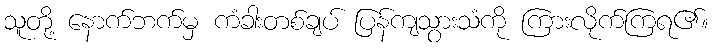
သူတို့ နောက်ဘက်မှ ကံခါးတစ်ချပ် ပြန်ကျသွားသံကို ကြားလိုက်ကြရ၏။